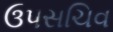
ઉપસચિવ